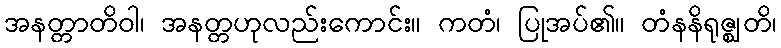
အနတ္တာတိဝါ၊ အနတ္တဟုလည်းကောင်း။ ကတံ၊ ပြုအပ်၏။ တံနနိရုဇ္ဈတိ၊